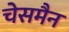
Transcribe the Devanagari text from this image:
चेसमैन